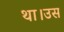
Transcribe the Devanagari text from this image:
था।उस